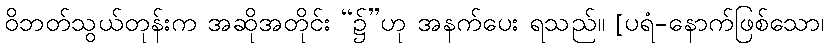
ဝိဘတ်သွယ်တုန်းက အဆိုအတိုင်း “၌”ဟု အနက်ပေး ရသည်။ [ပရံ-နောက်ဖြစ်သော၊